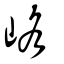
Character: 峈